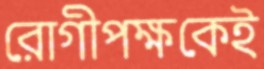
রোগীপক্ষকেই